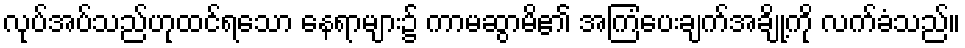
လုပ်အပ်သည်ဟုထင်ရသော နေရာများ၌ ကာမဆွာမိ၏ အကြံပေးချက်အချို့ကို လက်ခံသည်။